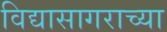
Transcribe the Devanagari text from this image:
विद्यासागराच्या